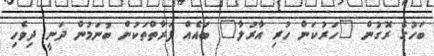
ބަހުގެ ރޮގުން "ހަރުކަން ހުރި އާރުލާ" ބައެއް ފަރާތްތަކުން ބުނަމުން ދަނީ ދިވެހި